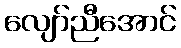
လျော်ညီအောင်